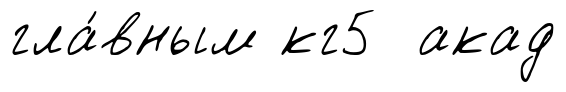
гла́вным кг5 акад